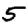
Digit: 5